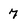
Character: 7